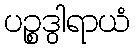
ပဉ္စဒွါရာယံ